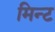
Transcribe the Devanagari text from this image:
मिन्‍ट